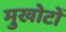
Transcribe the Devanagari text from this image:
मुखोटों